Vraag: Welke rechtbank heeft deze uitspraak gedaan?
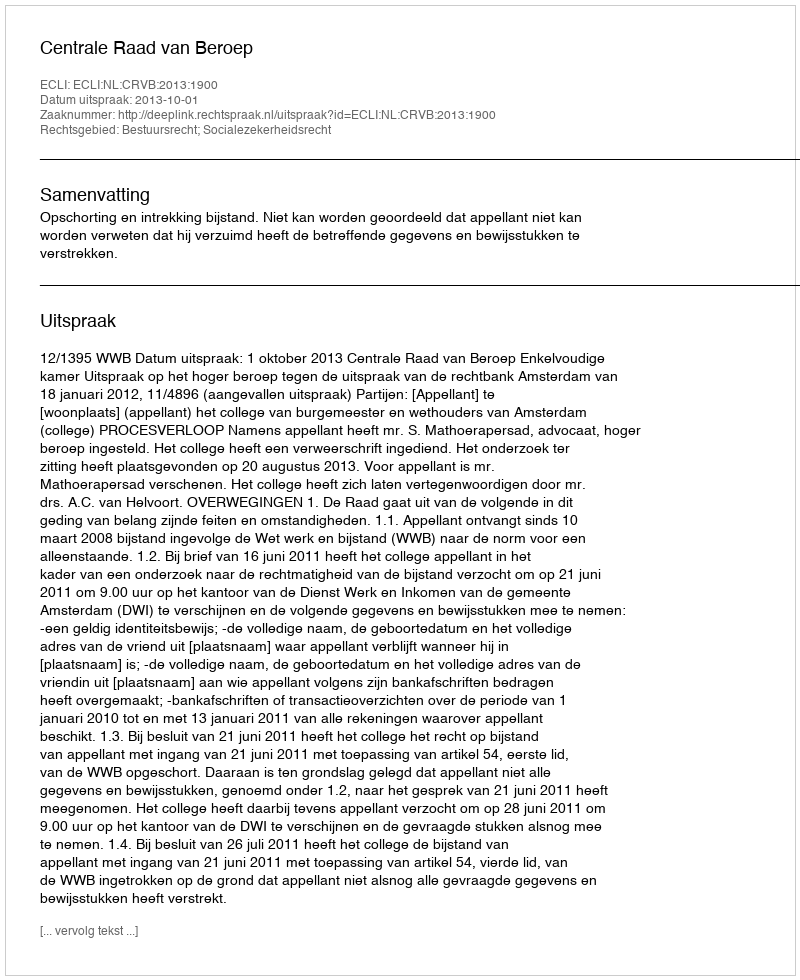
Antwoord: Centrale Raad van Beroep